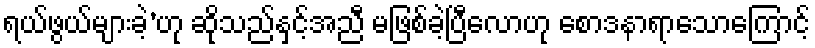
ရယ်ဖွယ်များခဲ့’ဟု ဆိုသည်နှင့်အညီ မဖြစ်ခဲ့ပြီလောဟု စောဒနာရာသောကြောင့်